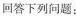
回答下列问题：